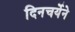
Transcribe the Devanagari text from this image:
दिनचर्येने